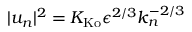
| u _ { n } | ^ { 2 } = K _ { \mathrm { K o } } \epsilon ^ { 2 / 3 } k _ { n } ^ { - 2 / 3 }